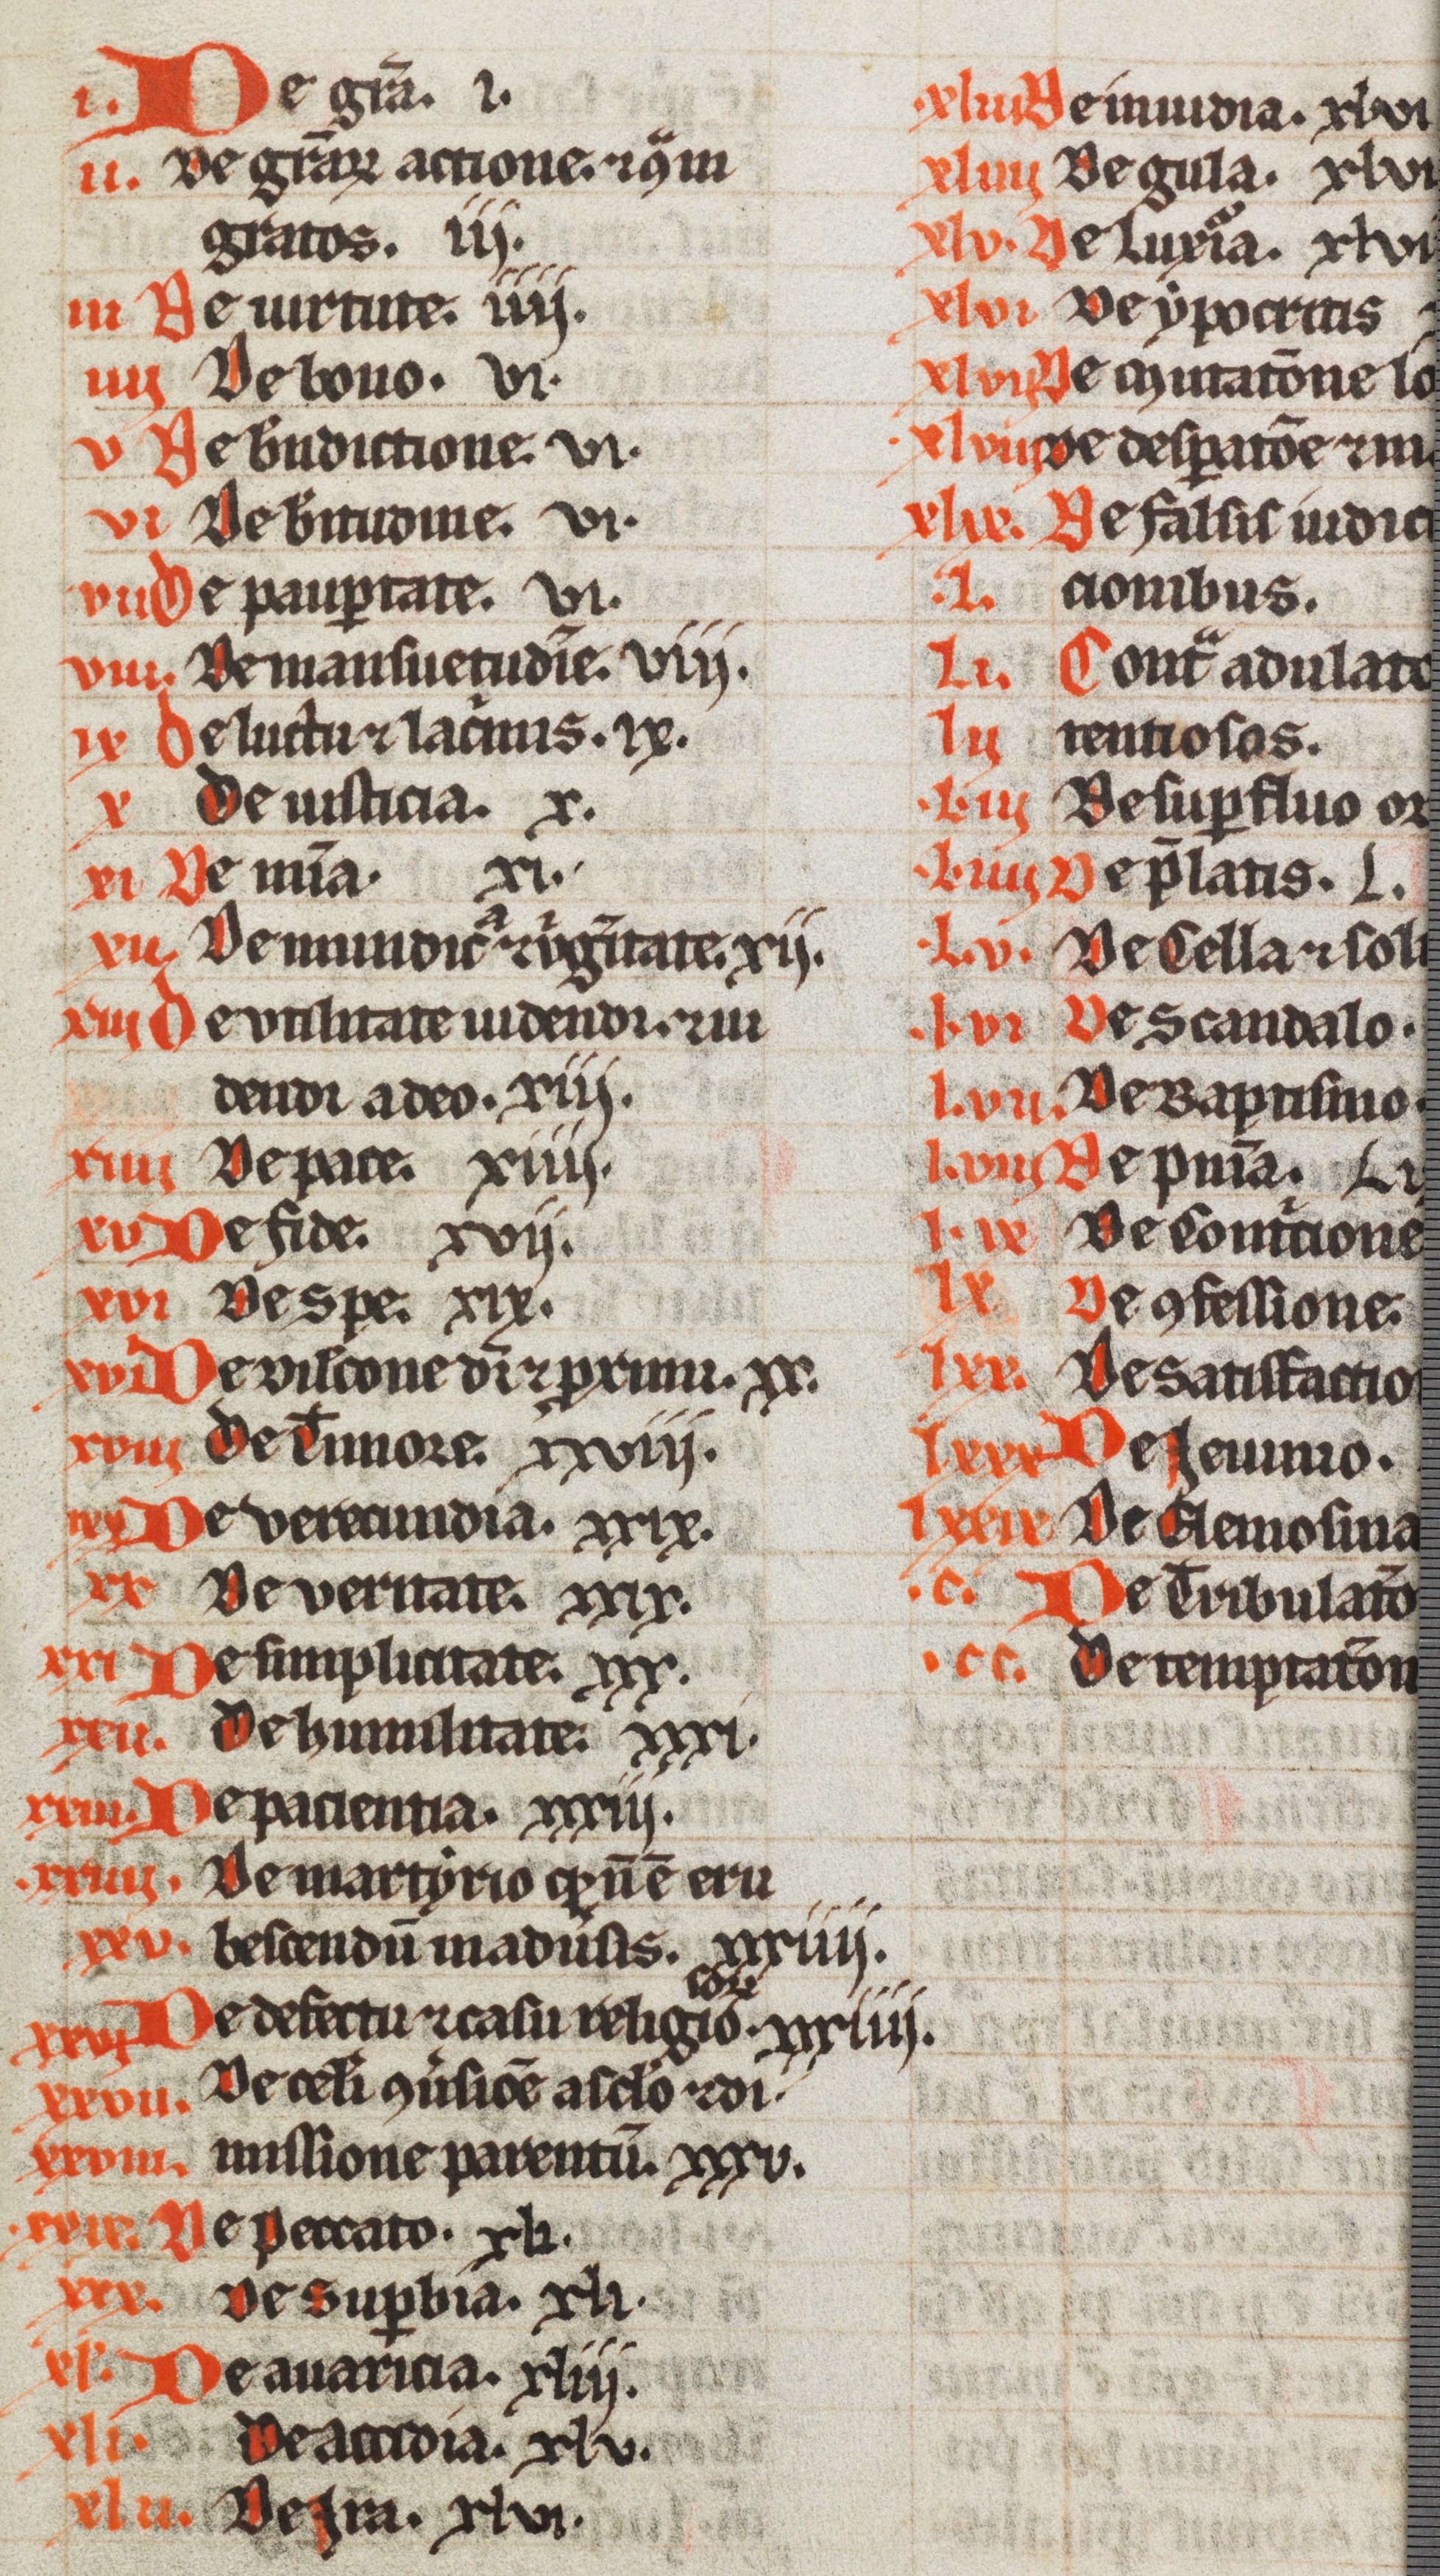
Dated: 1200–1399